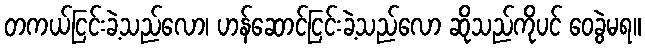
တကယ်ငြင်းခဲ့သည်လော၊ ဟန်ဆောင်ငြင်းခဲ့သည်လော ဆိုသည်ကိုပင် ဝေခွဲမရ။